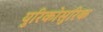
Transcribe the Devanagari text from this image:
युरिकोसुरिक